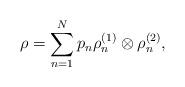
LaTeX: \begin{align*} \rho = \sum_{n=1}^{N}p_n\rho_n^{(1)} \otimes \rho_n^{(2)}, \end{align*}